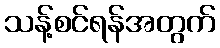
သန့်စင်ရန်အတွက်